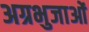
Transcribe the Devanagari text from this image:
अग्रभुजाओं